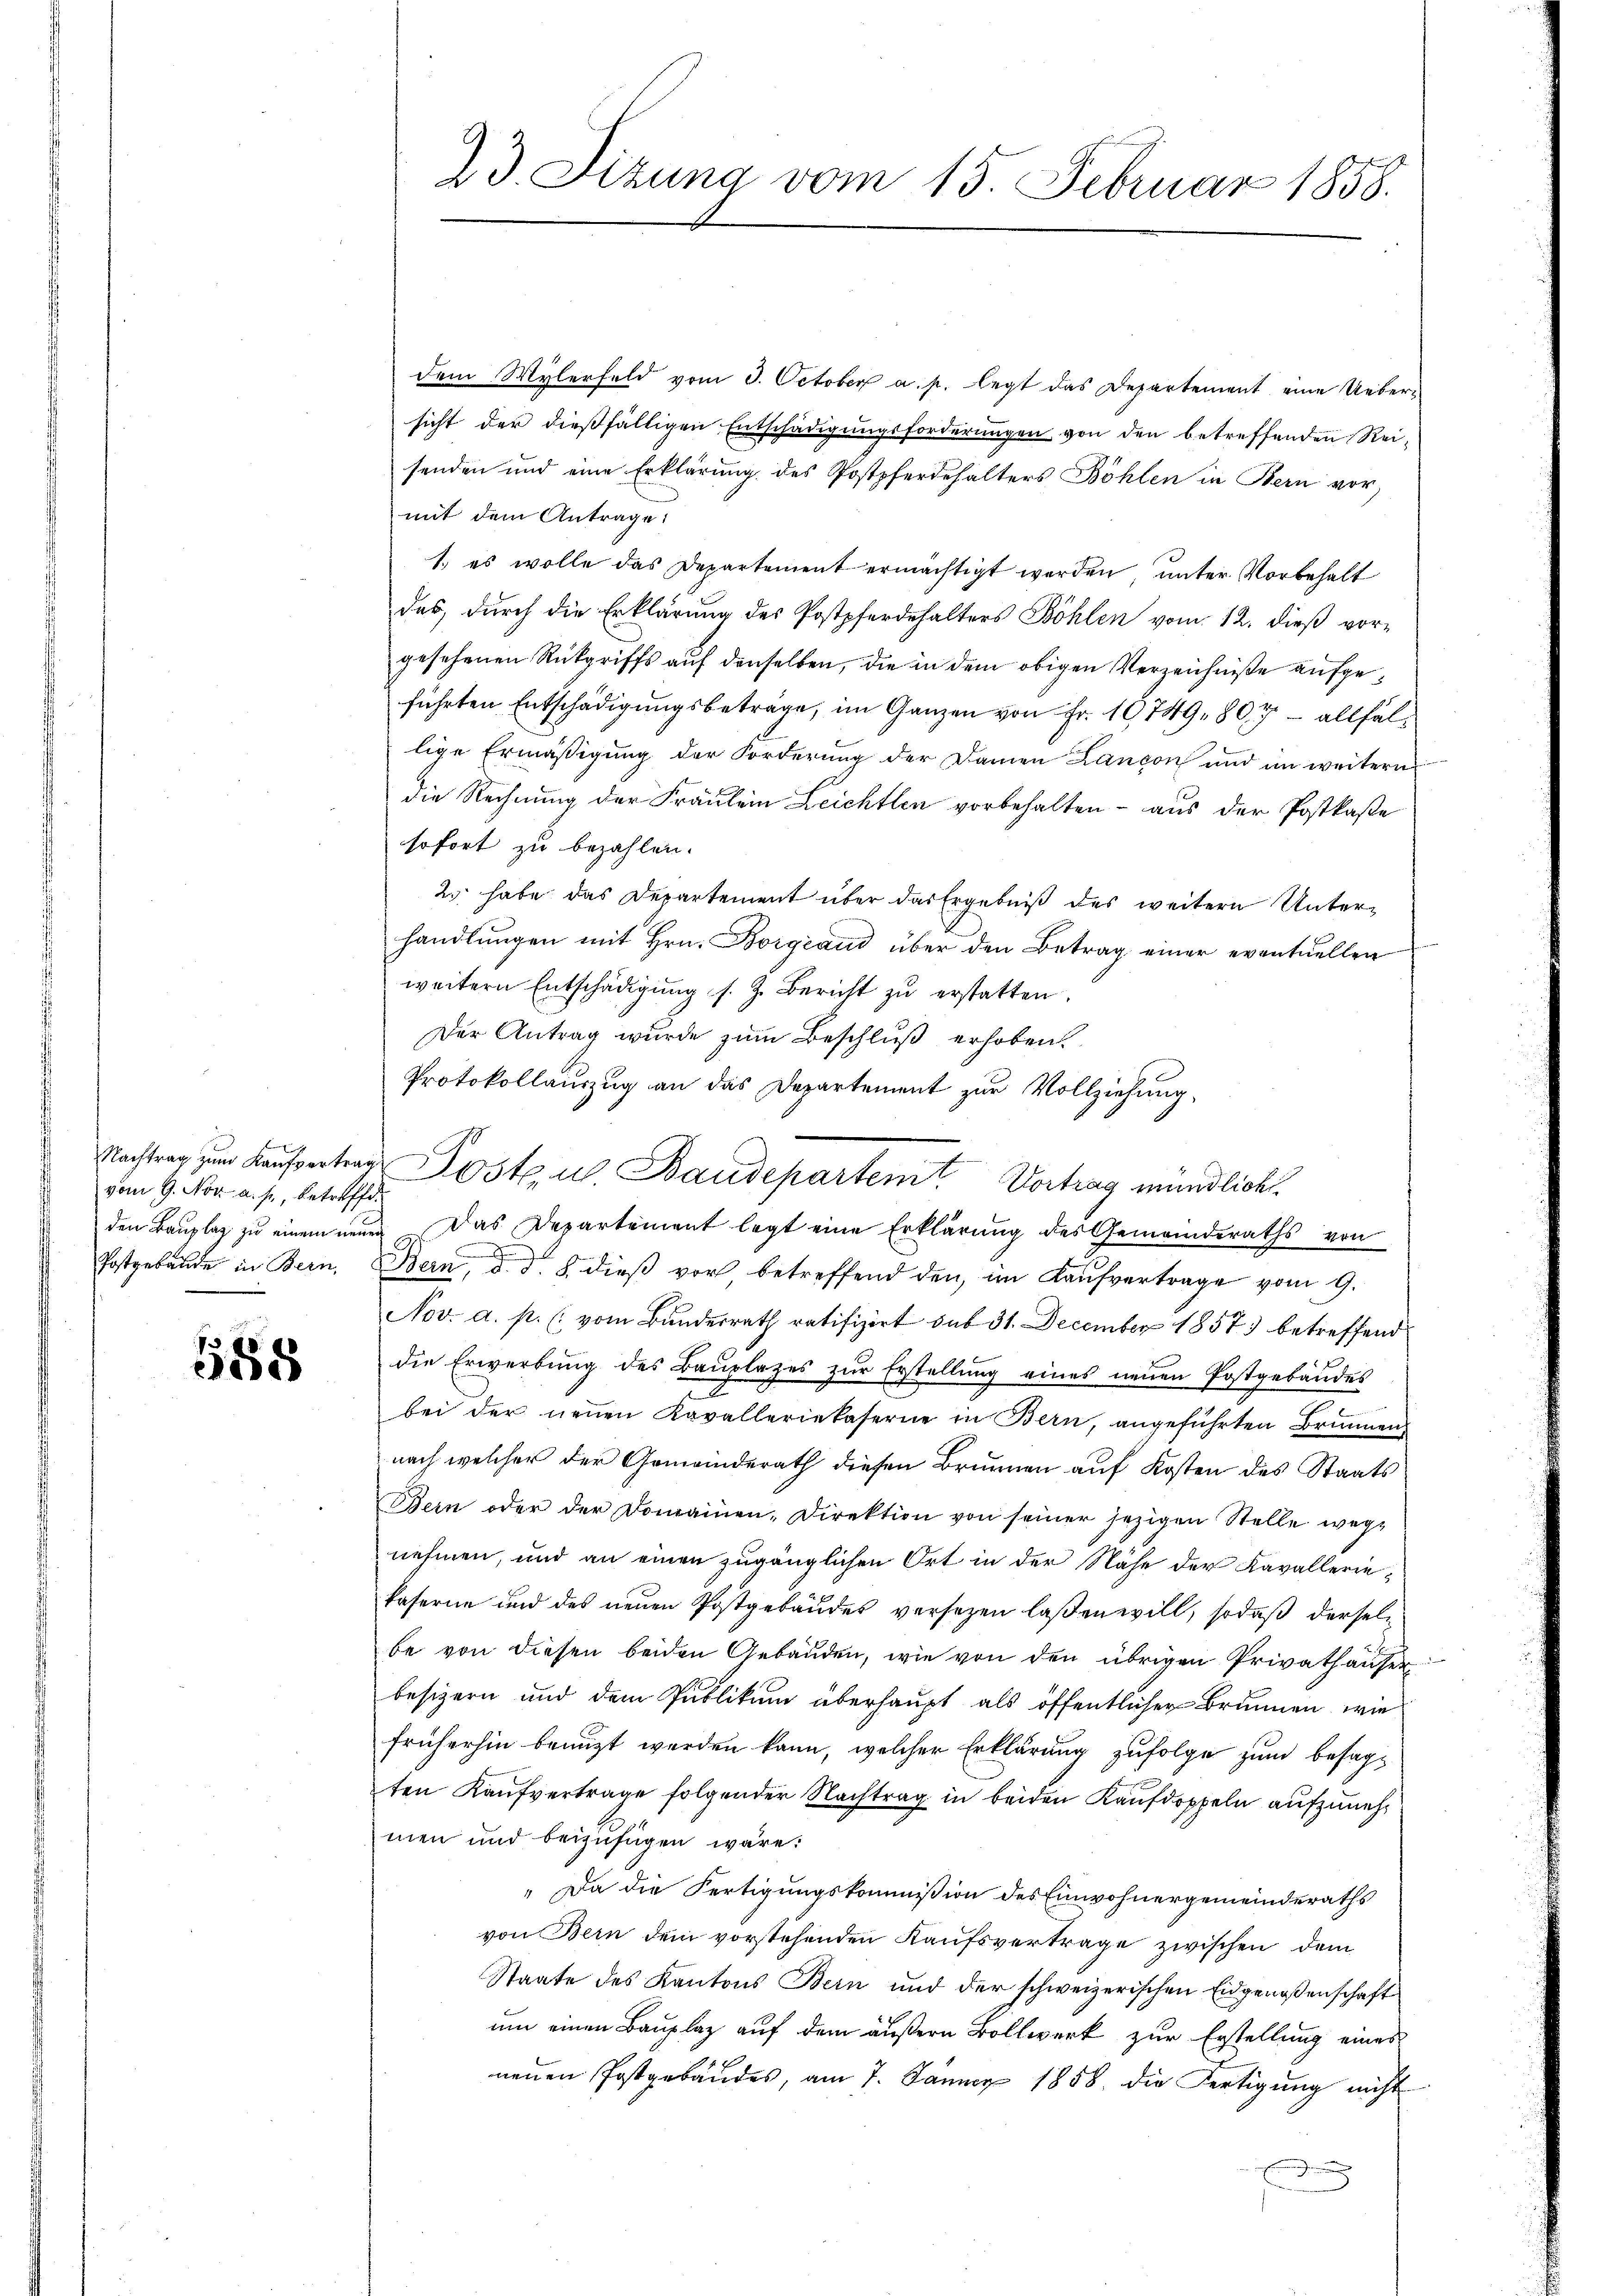
vom 9. Nov. a. p., betreffe.
Postgebäude in Bern,

588

23. Sitzung vom 15. Februar 1858.

dem Wylerfeld vom 3. October a. p. legt das Departement eine Uebersicht der dießfälligen Entschädigungsforderungen von den betreffenden Rei-
senden und eine Erklärung des Postpferdehalters Böhlen in Bern vor,
mit dem Antrage:
1. es wolle das Departement ermächtigt werden, unter Vorbehalt
des, durch die Erklärung des Postpferdehalters Böhlen vom 12. dieß vorgesehenen Rückgriffs auf denselben, die in dem obigen Verzeichniße aufgeführten Entschädigungsbeträge, im Ganzen von Fr. 10749, 807 - allfällige Ermäßigung der Forderung der Damen Landon und an weitern
die Rechnung der Fräulein Leichtlen vorbehalten - aus der Postkaste
sofort zu bezahlen.
2 habe das Departement über das Ergebniß des weitern Unterhandlŭngen mit Hrn. Borgeaus über den Betrag einer eventuellen
weitern Entschädigŭng s. Z. Bericht zŭ erstatten.
Der Antrag wurde zum Beschluß erhoben.
Protokollauszug an das Departement zur Vollziehung
den Bauplaz zu einem neuen. Das Departement legt eine Erklärung des Gemeinderaths von
Bern, d. d. 8. dieß vor, betreffend den im Kaufvertrage vom 9.
Nov. a. p. (vom Bundesrath ratifizirt sub 31. December 1857 betreffend
die Erwerbŭng des Baŭplatzes zŭr Erstellŭng eines neuen Postgebäŭdes
bei der neuen Kavalleriekaserne in Bern, angeführten Brunnen,
nach welcher der Gemeinderath diesen Brunnen auf Kosten des Staats¬
Bern oder der Domainen-Direktion von seiner jezigen Stelle wegnehmen, und an einen zugänglichen Ort in der Nähe der Kavalleriekaferne und des neuen Postgebäudes versezen laßen will, sodaß derselbe von diesen beiden Gebäuden, wie von den übrigen Privathäuser
besizern und dem Publikum überhaupt als öffentlicher Brunnen, wie
früherhin benuzt werden kann, welcher Erklärung zufolge zum besagten Kaufvertrage folgender Nachtrag in beiden Kaufdoppeln aufzunehmen und beizufügen wäre.
" Da die Fertigungskommißion des Einwohnergemeinderaths
von Bern dem vorstehenden Kaufsvertrage zwischen dem
Staate des Kantons Bern und der schweizerischen Eidgenossenschaft
um einen Bauplaz auf dem äußern Bollwerk zur Erstellung eines
neuen Postgebäudes, am 7. Jänner 1858 die Fertigung nicht

Nachtrag zum Kaŭfvertrag Poste u. Baudepartemit Vortrag mündlicht.